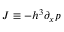
J \equiv - h ^ { 3 } \partial _ { x } p